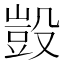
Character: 𣪱